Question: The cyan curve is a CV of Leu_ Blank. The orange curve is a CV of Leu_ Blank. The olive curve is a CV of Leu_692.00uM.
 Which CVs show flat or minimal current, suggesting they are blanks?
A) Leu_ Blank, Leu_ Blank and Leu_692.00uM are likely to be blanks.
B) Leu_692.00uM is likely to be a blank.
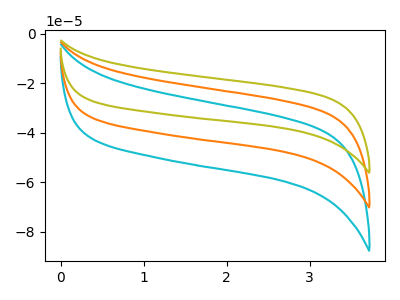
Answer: <think>The cyan curve "Leu_ Blank" has no peaks. The orange curve "Leu_ Blank" has no peaks. The olive curve "Leu_692.00uM" has no peaks.</think>
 <answer>A) "Leu_ Blank", "Leu_ Blank" and "Leu_692.00uM" are likely to be blanks.</answer>
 <eval>A</eval>